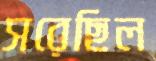
সরেছিল